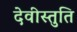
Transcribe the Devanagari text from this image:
देवीस्तुति